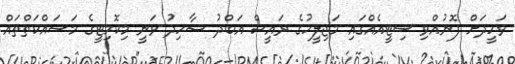
ވަހީދަށް ފޮނުއްވި ސިޓީއެއްގައި މަޖިލީހުގެ ރައީސް އަބްދު ޝާހިދު ވަނީ މިކޮމިޓީގެ މަސައްކަތްތައް